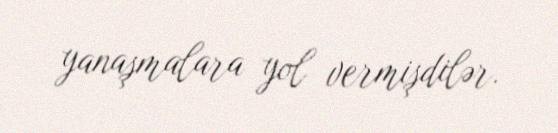
yanaşmalara yol vermişdilər.